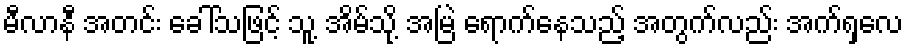
မီလာနီ အတင်း ခေါ်သဖြင့် သူ့ အိမ်သို့ အမြဲ ရောက်နေသည့် အတွက်လည်း အက်ရှလေ